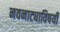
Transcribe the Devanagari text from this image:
नवनाट्याविषयी